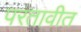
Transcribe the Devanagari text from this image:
परतावीत